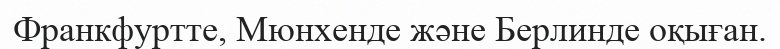
Франкфуртте, Мюнхенде және Берлинде оқыған.